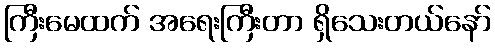
ကြီးမေထက် အရေးကြီးတာ ရှိသေးတယ်နော်